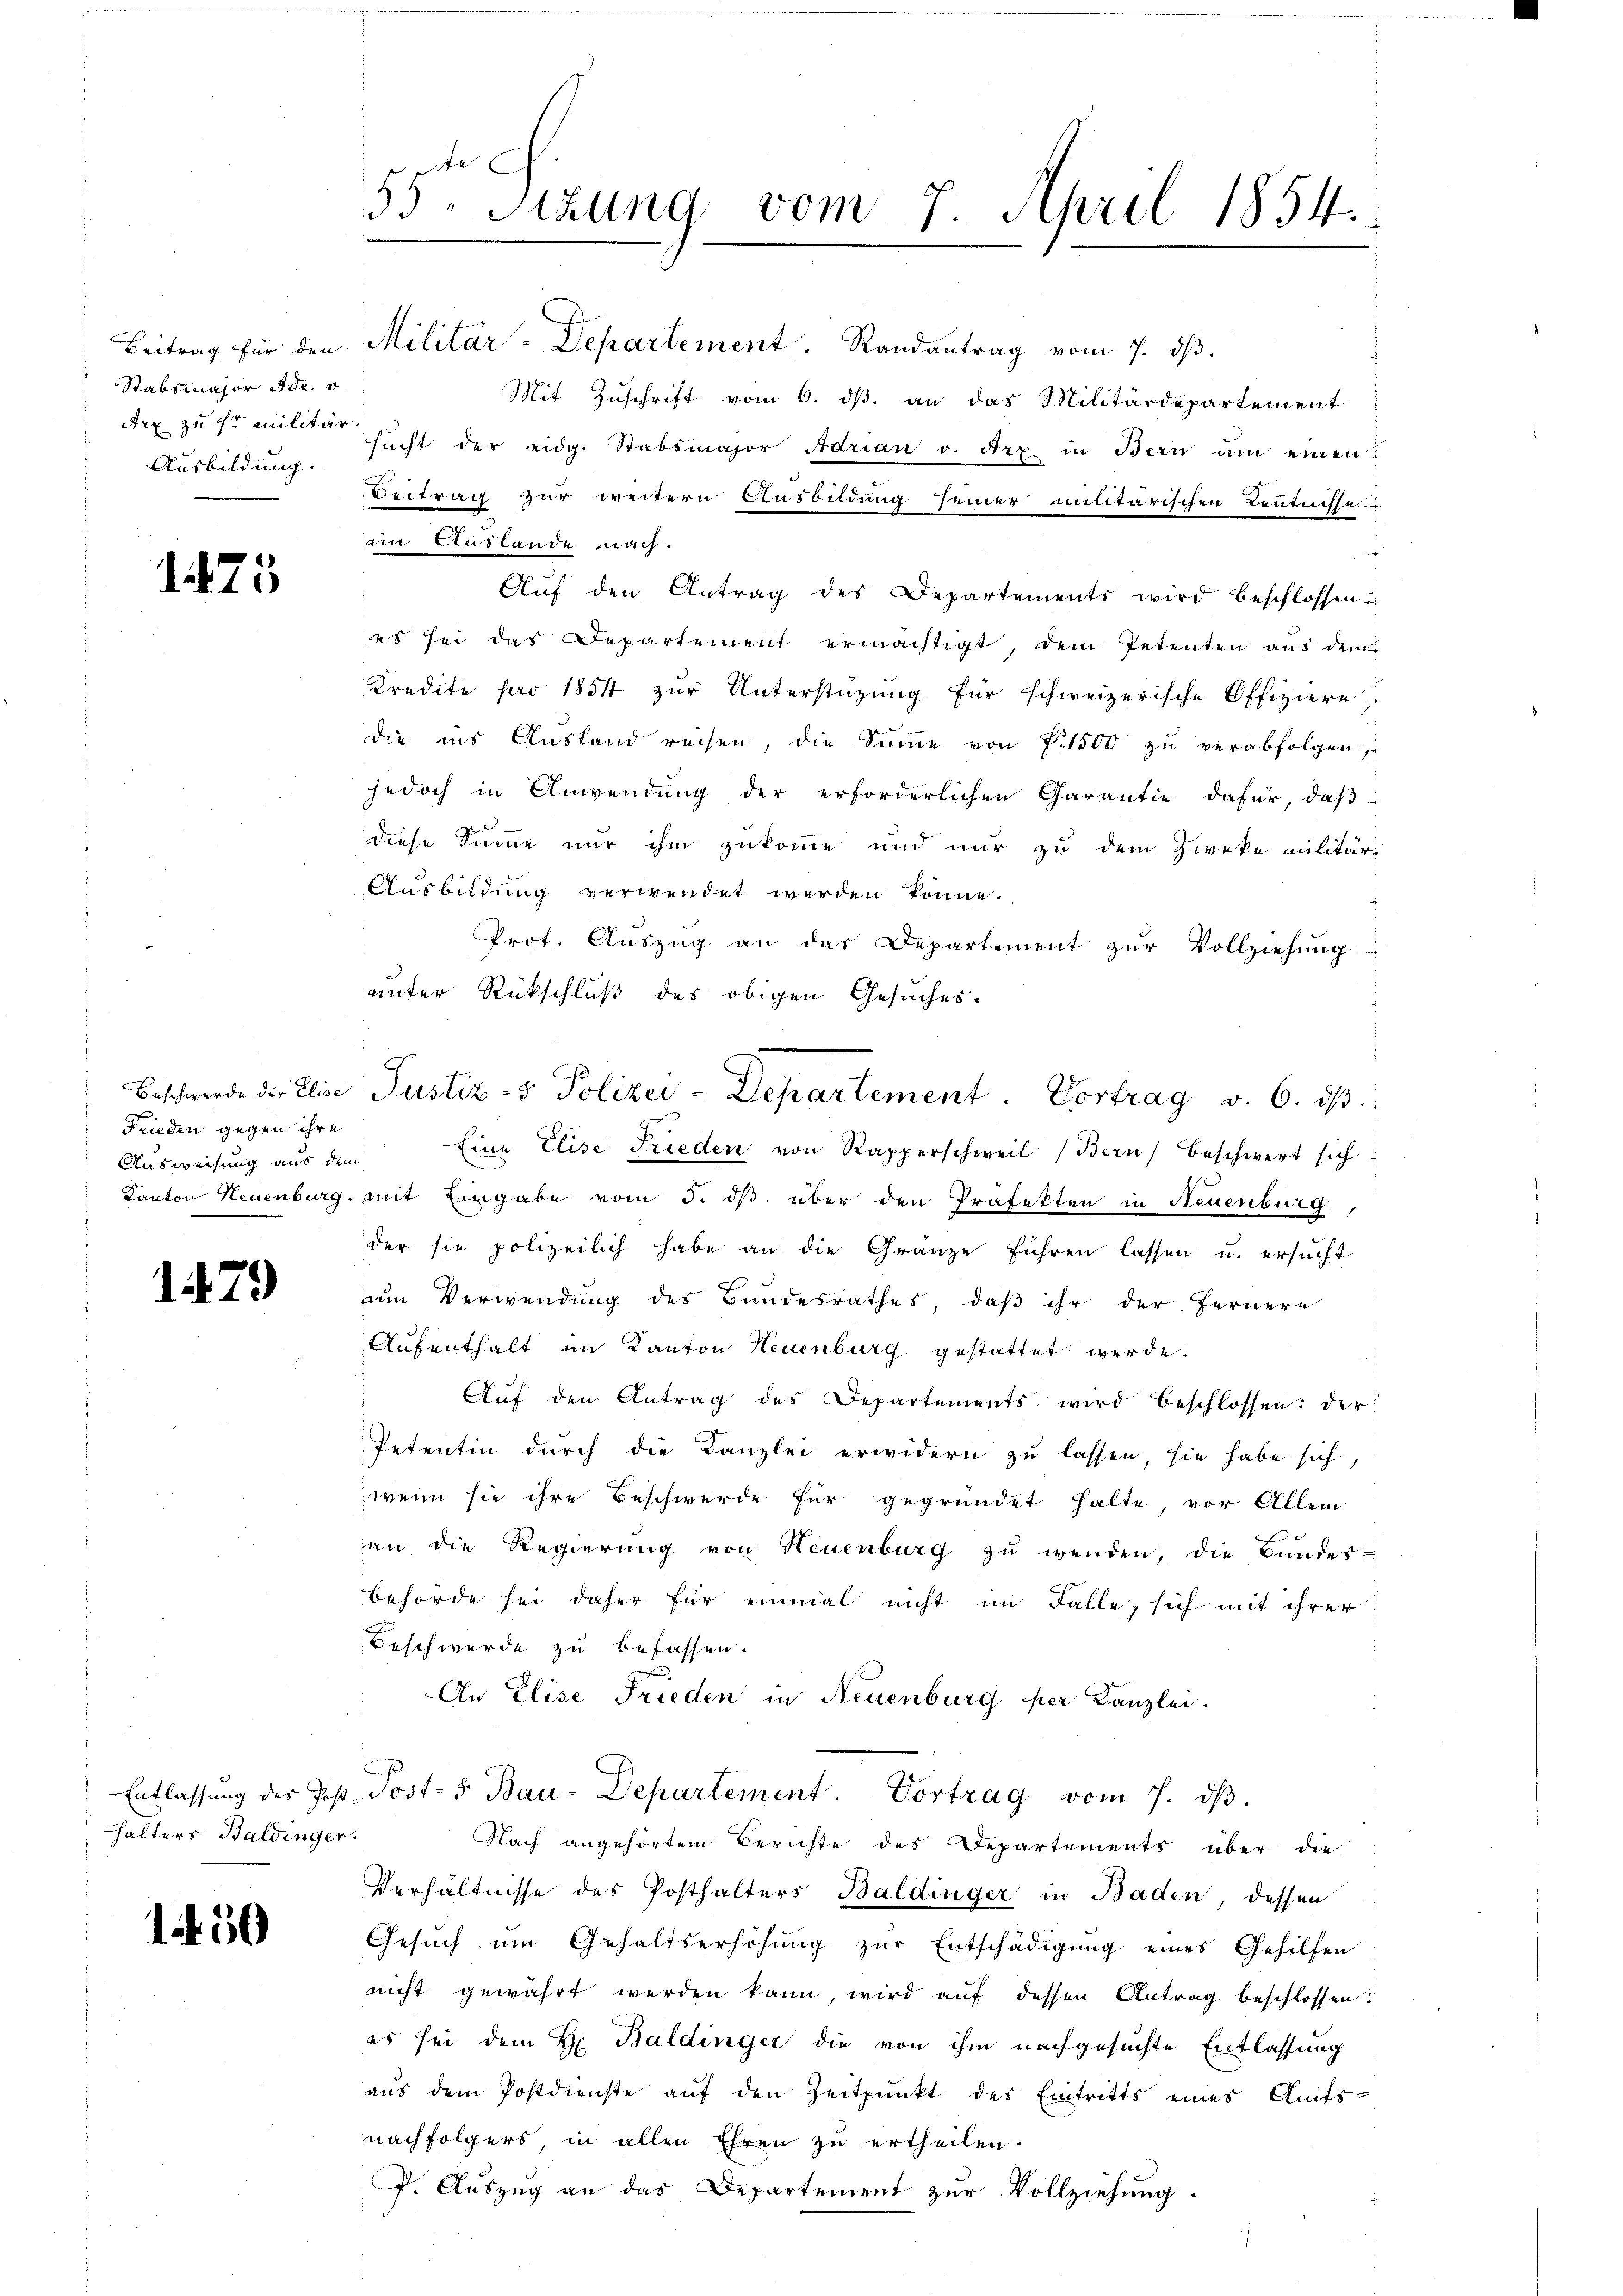
Stabsmajor Adr. v
Arx zu ihr Militär
Ausbildung

1475

Frieden gegen ihre
Ausweisung aus dem

1479

halters Baldinger.

1450

55. Sitzung vom 7. April 1854.

Beitrag für den Militär-Departement. Randantrag vom 7. dβ.
Mit Zuschrift vom 6. dβ an das Militärdepartement
sŭcht der eidg. Stabsmajor Adrian v. Art in Bern ŭm einen
Beitrag zur weitern Ausbildung seiner militärischen Kenntnisse
im Auslande nach.
Auf den Antrag des Departements wird beschlossen
es sei das Departement ermächtigt, dem Petenten aus dem
Kredite pro 1854 zur Unterstützung für schweizerische Offiziere
die ins Ausland reisen, die Summe von P. 1500 zu verabfolgen,
jedoch in Anwendung der erforderlichen Garantie dafür, daß
diese Summe nur ihm zukomme und nur zu dem Zwecke militär-
Ausbildung verwendet werden könne.
Prot. Auszug an das Departement zur Vollziehung
unter Rückschluß des obigen Gesuches-
Eine Elise Frieden von Rapperschweil (Bern) beschwert sich
Kanton Neuenburg mit Eingabe vom 5. ds. über den Präfekten in Neuenburg
der sie polizeilich habe an die Gränze führen lassen u. ersucht
um Verwendung des Bundesrathes, daß ihr der Fernere
Aufenthalt im Kanton Neuenburg gestattet werde.
Auf den Antrag des Departements wird beschlossen: der
Petentin durch die Kanzlei erwidern zu lassen, sie habe sich,
wenn sie ihre Beschwerde für gegründet halte, vor Allem
an die Regierung von Neuenburg zŭ wenden, die Bŭndes-
behörde sei daher für einmal nicht im Falle, sich mit ihrer
Beschwerde zu befassen.
An Elise Frieden in Neuenburg per Kanzlei.
Entlassung der Post. Post- 5 Bau-Departement. Vortrag vom 7. ds.
Nach angehörtem Berichte des Departements über die
Verhältnisse des Posthalters Baldinger in Baden, dessen
Gesuch um Gehaltserhöhung zur Entschädigung eines Gehilfen
nicht gewährt werden kann, wird auf dessen Antrag beschlossen:
es sei dem H. Baldinger die von ihm nachgesuchte Entlassung
aus dem Postdienste auf den Zeitpunkt des Eintritts eines Amts-
nachfolgers, in allen Ehren zu ertheilen.
P. Auszug an das Departement zur Vollziehung.

Beschwerde der Elise Justiz- & Polizei-Departement. Vortrag v. 6. dβ.